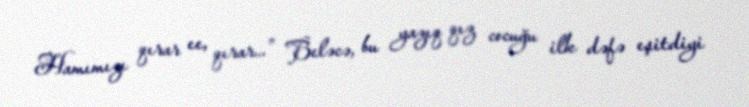
Hamımızı qırar ee, qırar...” Beləcə, bu yazıq qız cocuğu ilk dəfə eşitdiyi